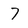
Character: 7